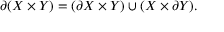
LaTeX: \partial ( X \times Y ) = ( \partial X \times Y ) \cup ( X \times \partial Y ) .